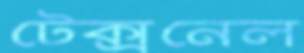
টেক্সনেল